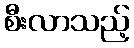
စီးလာသည့်